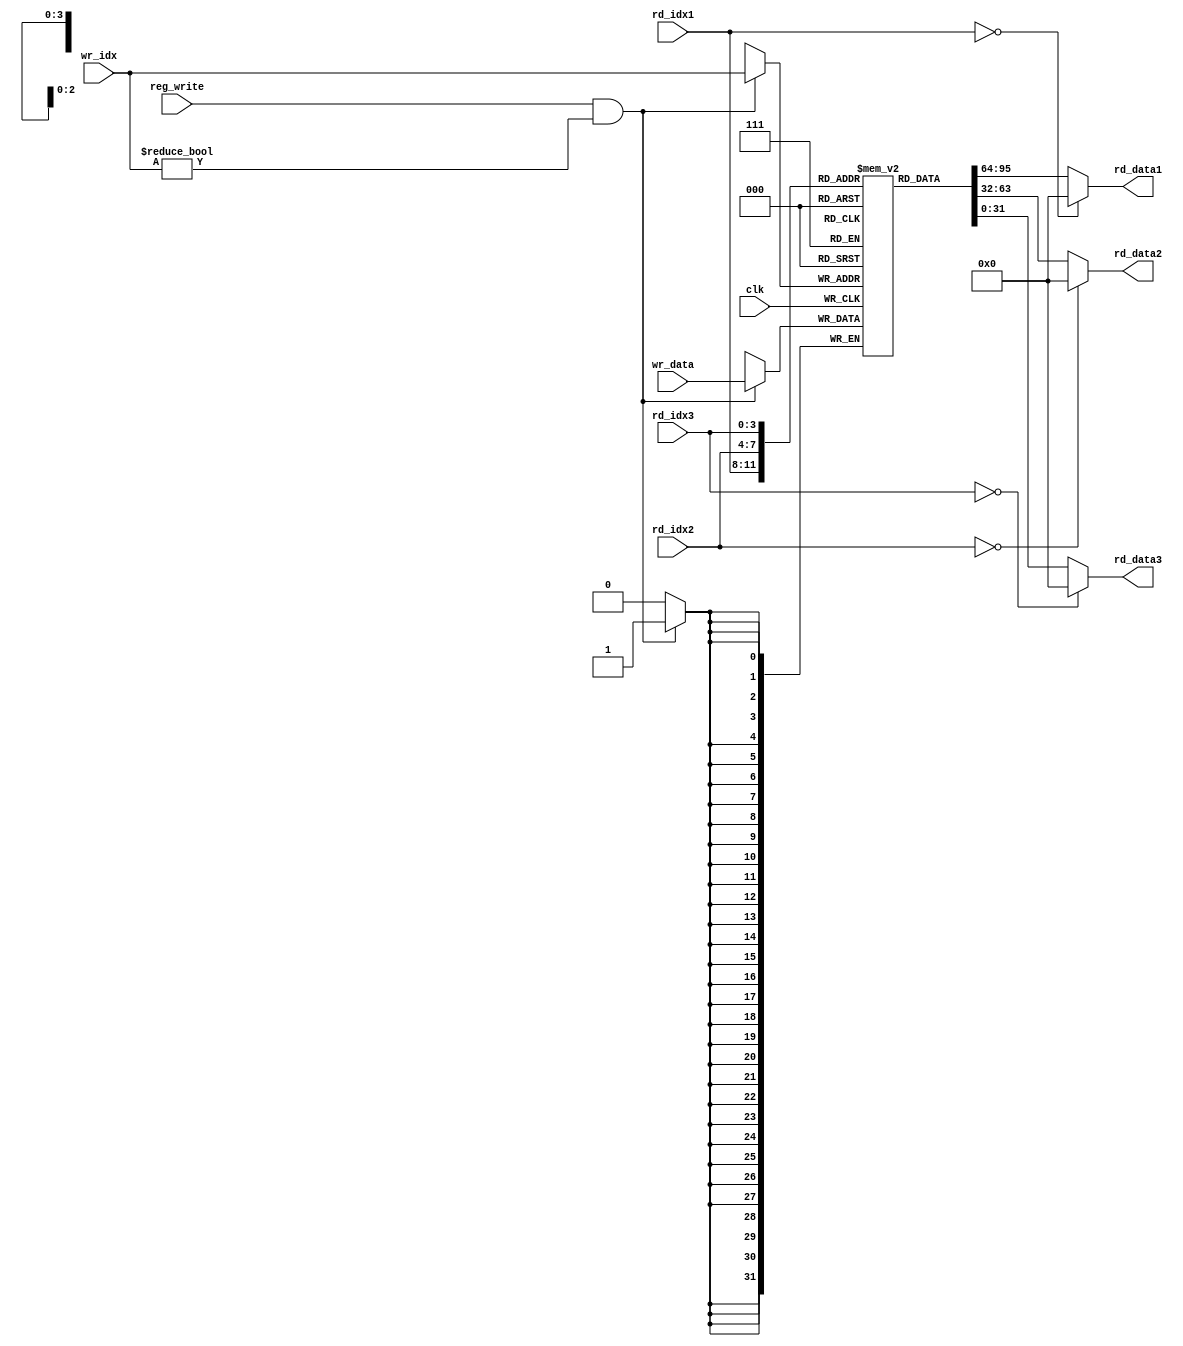
/*
 * reg_file.sv - 16 x 32-bit Register File
 * Serge Radinovich
 * 1298923
 */

module reg_file(

           input 				   clk,

           // Indices into register file for
           // register reads
           input   [ 3 : 0 ]	rd_idx1, rd_idx2, rd_idx3,

           // Flags indicating write operations
           // Only one flag set at a time
           input 				   reg_write,

           // Index into register that should be written to
           input 	[ 3 : 0 ]	wr_idx,

           // Data that should be written to register
           input 	[ 31 : 0 ]	wr_data,

           // Output data from register read requests
           output [ 31 : 0 ]	rd_data1, rd_data2, rd_data3

       );

/*  Registers in our reg file */
reg [ 31 : 0 ] mem [ 0 : 15 ];

/* Asynch reads */
assign rd_data1 = rd_idx1 == 4'd0 ? 32'd0 : mem[ rd_idx1 ][ 31 : 0 ];
assign rd_data2 = rd_idx2 == 4'd0 ? 32'd0 : mem[ rd_idx2 ][ 31 : 0 ];
assign rd_data3 = rd_idx3 == 4'd0 ? 32'd0 : mem[ rd_idx3 ][ 31 : 0 ];

/* Sequential write */
always @( posedge clk ) begin

    /* Write during execution stage and only if requested */
    if ( reg_write && wr_idx != 4'd0 ) begin

        mem[wr_idx] <= wr_data;

    end

end
endmodule